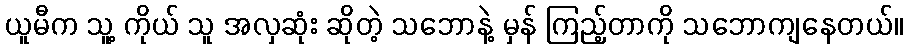
ယူမီက သူ့ ကိုယ် သူ အလှဆုံး ဆိုတဲ့ သဘောနဲ့ မှန် ကြည့်တာကို သဘောကျနေတယ်။